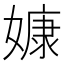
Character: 嫝